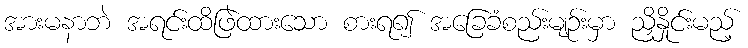
အားမနာဘဲ အရင်းထိဖြဲထားသော စားရ၍ အခြေခံစည်းမျဉ်းမှာ ညှိနှိုင်းမည့်